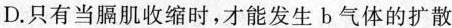
D.只有当膈肌收缩时，才能发生b气体的扩散